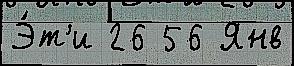
Э́т'и 26 56 Янв